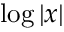
\log \left| x \right|